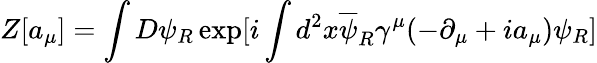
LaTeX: Z[a_{\mu}]=\int D\psi_{R}\exp[i\int d^{2}x\overline{{{\psi}}}_{R}\gamma^{\mu}(-\partial_{\mu}+ia_{\mu})\psi_{R}]